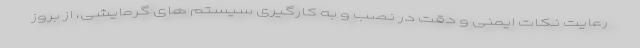
رعایت نکات ایمنی و دقت در نصب و به کارگیری سیستم های گرمایشی، از بروز